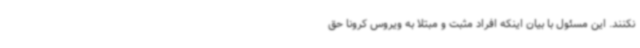
نکنند. این مسئول با بیان اینکه افراد مثبت و مبتلا به ویروس کرونا حق